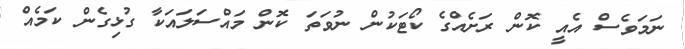
ނަމަވެސް އެއީ ކޮން ރަށެއްގެ ކޯޓަކުން ނުވަތަ ކޮން މައްސަލައަކާ ގުޅިގެން ކަމެއް